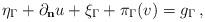
LaTeX: \begin{align*} \eta_\Gamma + \partial_{\bf n} u + \xi_\Gamma + \pi_\Gamma(v) = g_\Gamma\,, \end{align*}